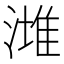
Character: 𣼭